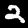
Digit: 2